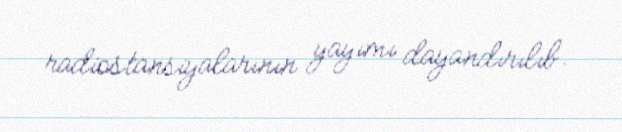
radiostansiyalarının yayımı dayandırılıb.